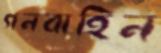
গনবাহিন